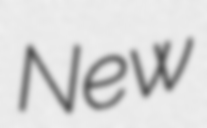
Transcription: New